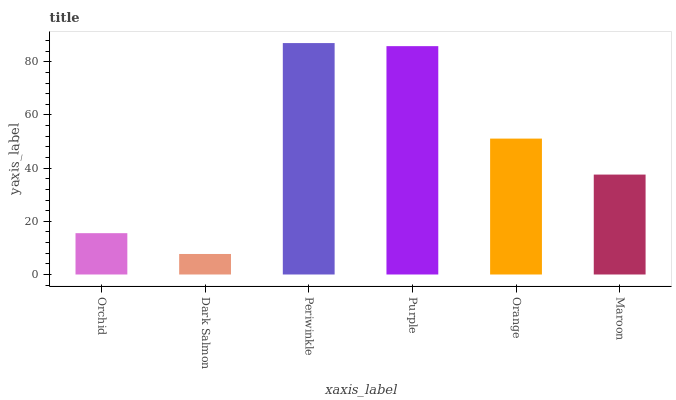
| xaxis_label | bars |
 | --- | --- |
 | Orchid | 15.5 |
 | Dark Salmon | 7.72 |
 | Periwinkle | 87.1 |
 | Purple | 85.9 |
 | Orange | 51.1 |
 | Maroon | 37.6 |